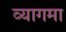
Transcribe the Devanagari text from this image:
व्यागमा